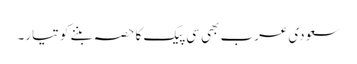
سعودی عرب بھی سی پیک کا حصہ بننے کو تیار۔